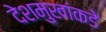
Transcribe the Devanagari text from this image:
देशमुखांकडे